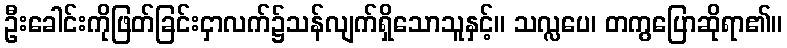
ဦးခေါင်းကိုဖြတ်ခြင်းငှာလက်၌သန်လျက်ရှိသောသူနှင့်။ သလ္လပေ၊ တကွပြောဆိုရာ၏။